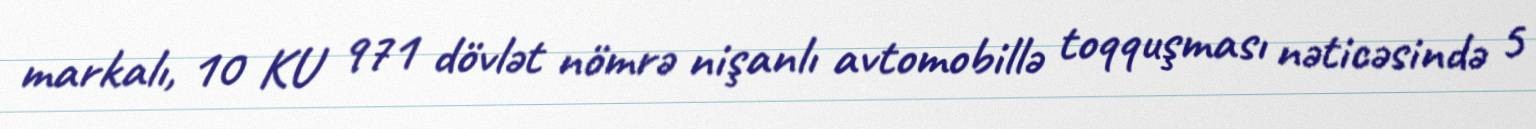
markalı, 10 KU 971 dövlət nömrə nişanlı avtomobillə toqquşması nəticəsində 5